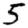
Digit: 5